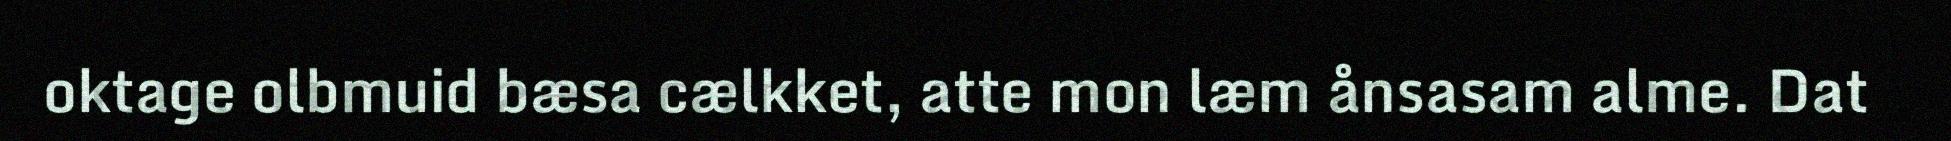
oktage olbmuid bæsa cælkket, atte mon læm ånsasam alme. Dat